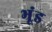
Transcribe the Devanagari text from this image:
भूंड